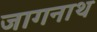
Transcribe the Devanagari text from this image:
जागनाथ